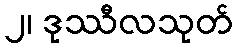
၂၊ ဒုဿီလသုတ်